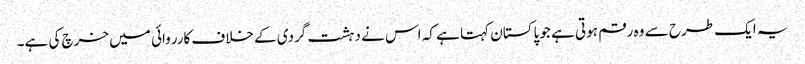
یہ ایک طرح سے وہ رقم ہوتی ہے جو پاکستان کہتا ہے کہ اس نے دہشت گردی کے خلاف کارروائی میں خرچ کی ہے۔